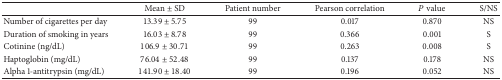
|  | Mean ± SD | Patient number | Pearson correlation | P value | S/NS |
 | --- | --- | --- | --- | --- | --- |
 | Number of cigarettes per day | 13.39 ± 5.75 | 99 | 0.017 | 0.870 | NS |
 | Duration of smoking in years | 16.03 ± 8.78 | 99 | 0.366 | 0.001 | S |
 | Cotinine (ng/dL) | 106.9 ± 30.71 | 99 | 0.263 | 0.008 | S |
 | Haptoglobin (mg/dL) | 76.04 ± 52.48 | 99 | 0.137 | 0.178 | NS |
 | Alpha 1-antitrypsin (mg/dL) | 141.90 ± 18.40 | 99 | 0.196 | 0.052 | NS |